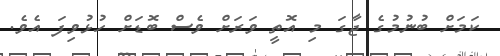
ކަމަށް ބުނުމުގެ ޖާގަ މި އޮތީ ވަރަށް ވެސް ބޮޑަށް ހުޅުވިފަ އެވެ.